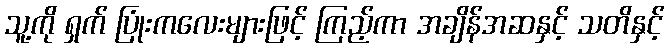
သူ့ကို ရှက် ပြုံးကလေးများဖြင့် ကြည့်ကာ အချိန်အဆနှင့် သတိနှင့်